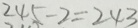
2 4 5 - 2 = 2 4 3